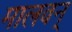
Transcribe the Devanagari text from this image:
मालवन्